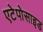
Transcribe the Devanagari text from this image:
एटेपोसाइड